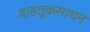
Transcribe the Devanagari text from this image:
वाहतूकसाधन